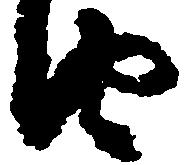
由